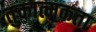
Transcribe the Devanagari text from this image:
तुकात्मकता